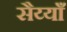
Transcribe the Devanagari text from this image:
सैय्याँ